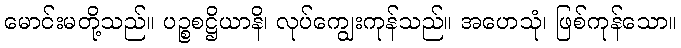
မောင်းမတို့သည်။ ပဉ္စစဋ္ဌိယာနိ၊ လုပ်ကျွေးကုန်သည်။ အဟေသုံ၊ ဖြစ်ကုန်သော။